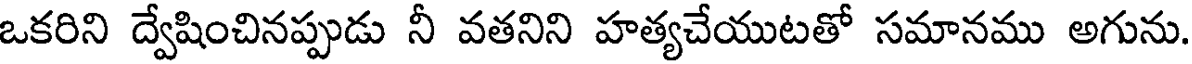
ఒకరిని ద్వేషించినప్పుడు నీ వతనిని హత్యచేయుటతో సమానము అగును